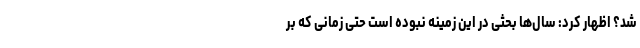
شد؟ اظهار کرد: سال‌ها بحثی در این زمینه نبوده است حتی زمانی که بر